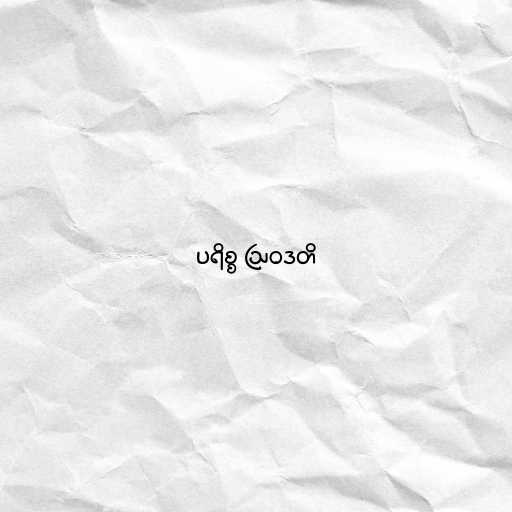
ပရိစ္စ ဩဝဒတိ